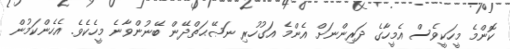
ކޮންމެ މީހަކީވެސް އެމީހާގެ ދަރިންނަށް އެންމެ އަގުހުރި ނަޞޭޙަތްދޭން ބޭނުންވާނެ މީހެކެވެ. އެހެންކަމުން